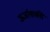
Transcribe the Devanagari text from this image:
ऊर्जाशक्ती